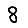
Digit: 8